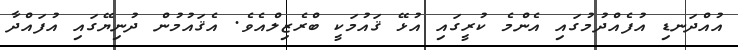
އުއްދަނޑި އުފެއްދުމުގައި އެންމެ ކުރީގައި އުޅޭ ޤައުމަކީ ބްރެޒިލްއެވެ. އެޤައުމުން ދުނިޔޭގައި އުފައްދާ